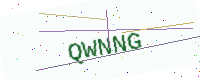
Text: QWNNG